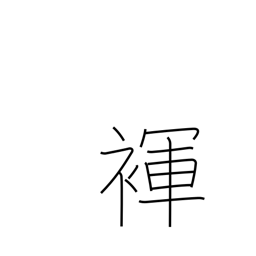
Meaning: loincloth